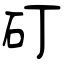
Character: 矴